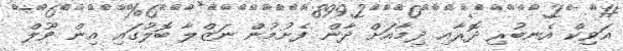
އަވިކް އެނބުރި ދޮރާއި ދިމާއަށް ދާން ފެށުމުން ނަޒްލާ ބޮލުގައި އިން ވޫލް